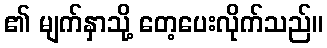
၏ မျက်နှာသို့ တေ့ပေးလိုက်သည်။